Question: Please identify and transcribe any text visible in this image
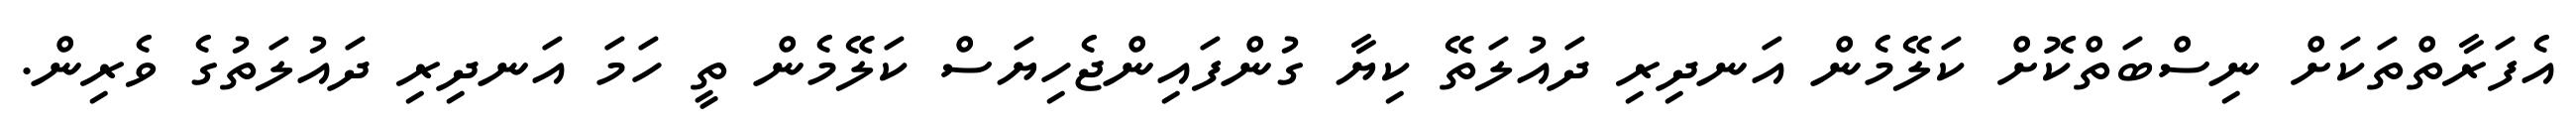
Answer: އެފަރާތްތަކަށް ނިސްބަތްކޮށް ކަލޭމެން އަނދިރި ދައުލަތޭ ކިޔާ ގުންފައިންޖެހިޔަސް ކަލޭމެން ތީ ހަމަ އަނދިރި ދައުލަތުގެ ވެރިން.